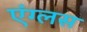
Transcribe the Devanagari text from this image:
एंग्लस